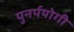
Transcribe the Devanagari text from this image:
पुनर्पयोगी